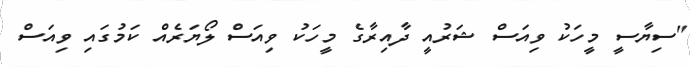
"ސިޔާސީ މީހަކު ވިއަސް ޝަރުއީ ދާއިރާގެ މީހަކު ވިއަސް ލޯޔަރެއް ކަމުގައި ވިއަސް